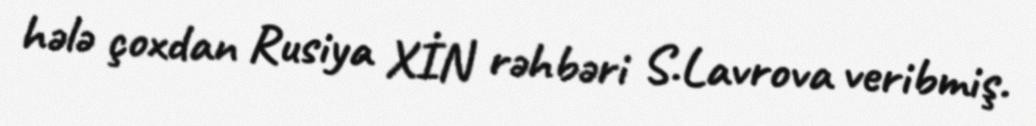
hələ çoxdan Rusiya XİN rəhbəri S.Lavrova veribmiş.